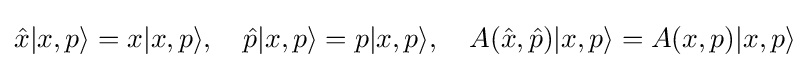
{\hat {x}}|x,p\rangle =x|x,p\rangle ,\quad {\hat {p}}|x,p\rangle =p|x,p\rangle ,\quad A({\hat {x}},{\hat {p}})|x,p\rangle =A(x,p)|x,p\rangle